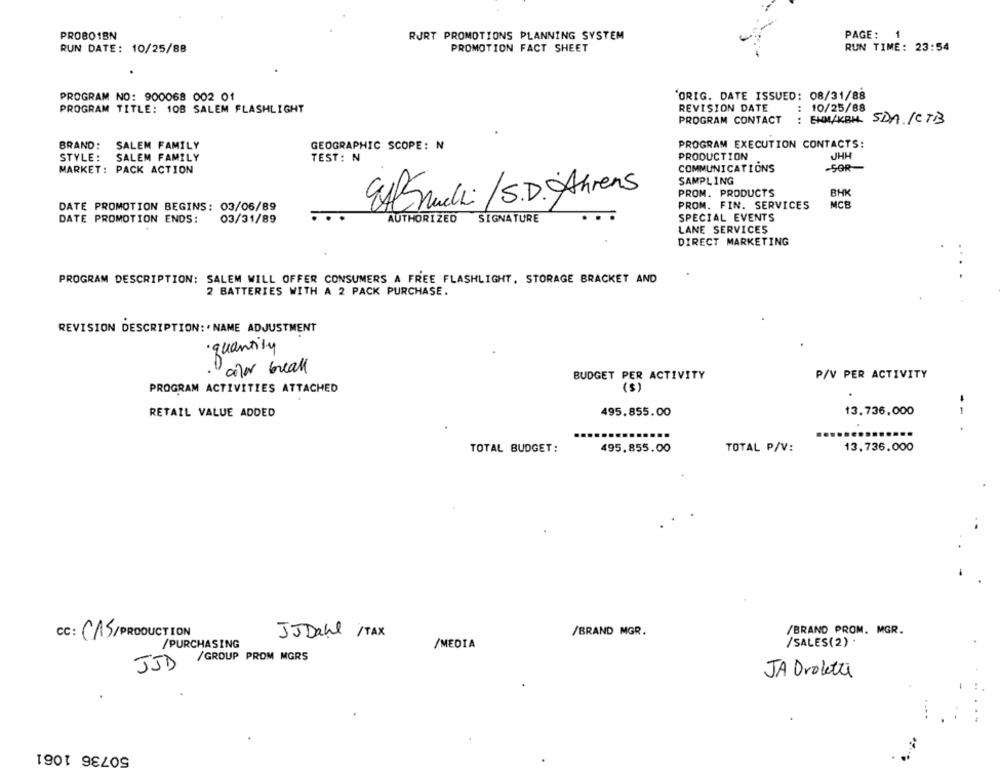
PROBO1BN
RURT PROMOTIONS PLANNING SYSTEM
PAGE:
1
RUN TIME: 23:54
RUN DATE: 10/25/88
PROMOTION FACT SHEET
PROGRAM NO: 900068 002 01
'ORIG. DATE ISSUED: 08/31/88
PROGRAM TITLE: 108 SALEM FLASHLIGHT
REVISION DATE
: 10/25/88
PROGRAM CONTACT
: EHM/KBH. SDA. / CTB
BRAND:
SALEM FAMILY
GEOGRAPHIC SCOPE: N
PROGRAM EXECUTION CONTACTS:
JHH
STYLE:
SALEM FAMILY
TEST: N
PRODUCTION
MARKET: PACK ACTION
COMMUNICATIONS
SAMPLING
PROM. PRODUCTS
BHK
EASmuchi /S.D. Ahrens
DATE PROMOTION BEGINS: 03/06/89
PROM. FIN. SERVICES
MCB
SPECIAL EVENTS
DATE PROMOTION ENDS:
03/31/89
AUTHORIZED
SIGNATURE
LANE SERVICES
DIRECT MARKETING
PROGRAM DESCRIPTION: SALEM WILL OFFER CONSUMERS A FREE FLASHLIGHT, STORAGE BRACKET AND
2 BATTERIES WITH A 2 PACK PURCHASE.
REVISION DESCRIPTION:' NAME ADJUSTMENT
· quantity
Dalo Great
00
BUDGET PER ACTIVITY
P/V PER ACTIVITY
PROGRAM ACTIVITIES ATTACHED
( S )
RETAIL VALUE ADDED
495.855.00
13,736,000
-- .
13.736.000
TOTAL BUDGET:
495.855.00
TOTAL P/V:
/BRAND MGR.
/BRAND PROM. MGR.
CC: CAS/PRODUCTION
JJDahl /TAX
/PURCHASING
/MEDIA
/SALES(2) .
/GROUP PROM MGRS
JJD
JA Droletti
50736 1061